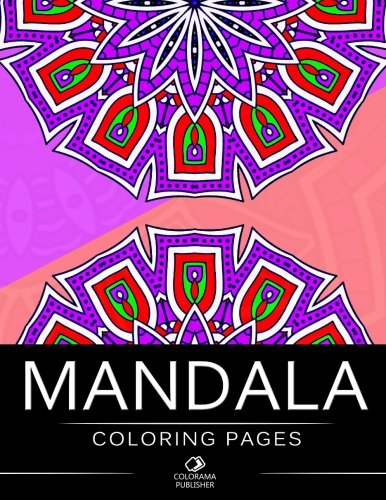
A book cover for Mandala Coloring Page: Stress Relieving Patterns : COLORAMA Coloring books, coloring books for adults relaxation, Mandala Coloring Book (Volume 5); Mandala Coloring Page; Arts & Photography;